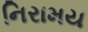
નિરામય